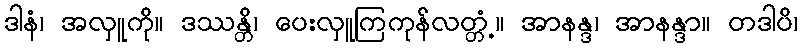
ဒါနံ၊ အလှူကို။ ဒဿန္တိ၊ ပေးလှူကြကုန်လတ္တံ့။ အာနန္ဒ၊ အာနန္ဒာ။ တဒါပိ၊